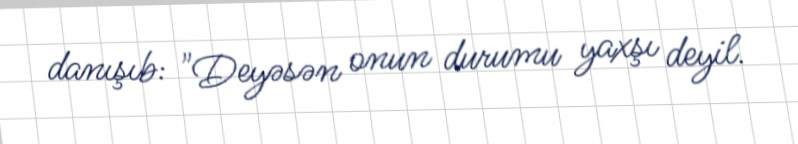
danışıb: "Deyəsən onun durumu yaxşı deyil.